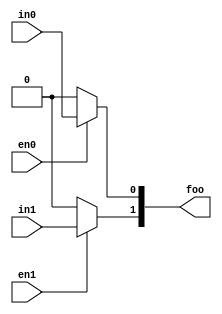
module test
  (output reg [1:0] foo,
   input wire in0, en0,
   input wire in1, en1
   /* */);

   localparam foo_default = 2'b00;
   always @*
     begin
	foo = foo_default;
	if (en0) foo[0] = in0;
	if (en1) foo[1] = in1;
     end

endmodule